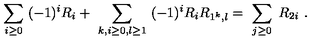
\sum _ { i \geq 0 } \ ( - 1 ) ^ { i } R _ { i } + \ \sum _ { k , i \geq 0 , l \geq 1 } \ ( - 1 ) ^ { i } R _ { i } R _ { 1 ^ { k } , l } = \ \sum _ { j \geq 0 } \ R _ { 2 i } \ .